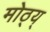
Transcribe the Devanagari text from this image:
मोठ्य्